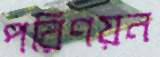
পরিণয়ন